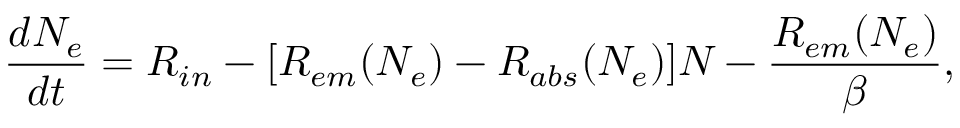
\frac { d N _ { e } } { d t } = R _ { i n } - [ R _ { e m } ( N _ { e } ) - R _ { a b s } ( N _ { e } ) ] N _ { } - \frac { R _ { e m } ( N _ { e } ) } { \beta } ,